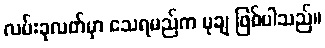
လမ်းခုလတ်မှာ သေရမည်က မုချ ဖြစ်ပါသည်။